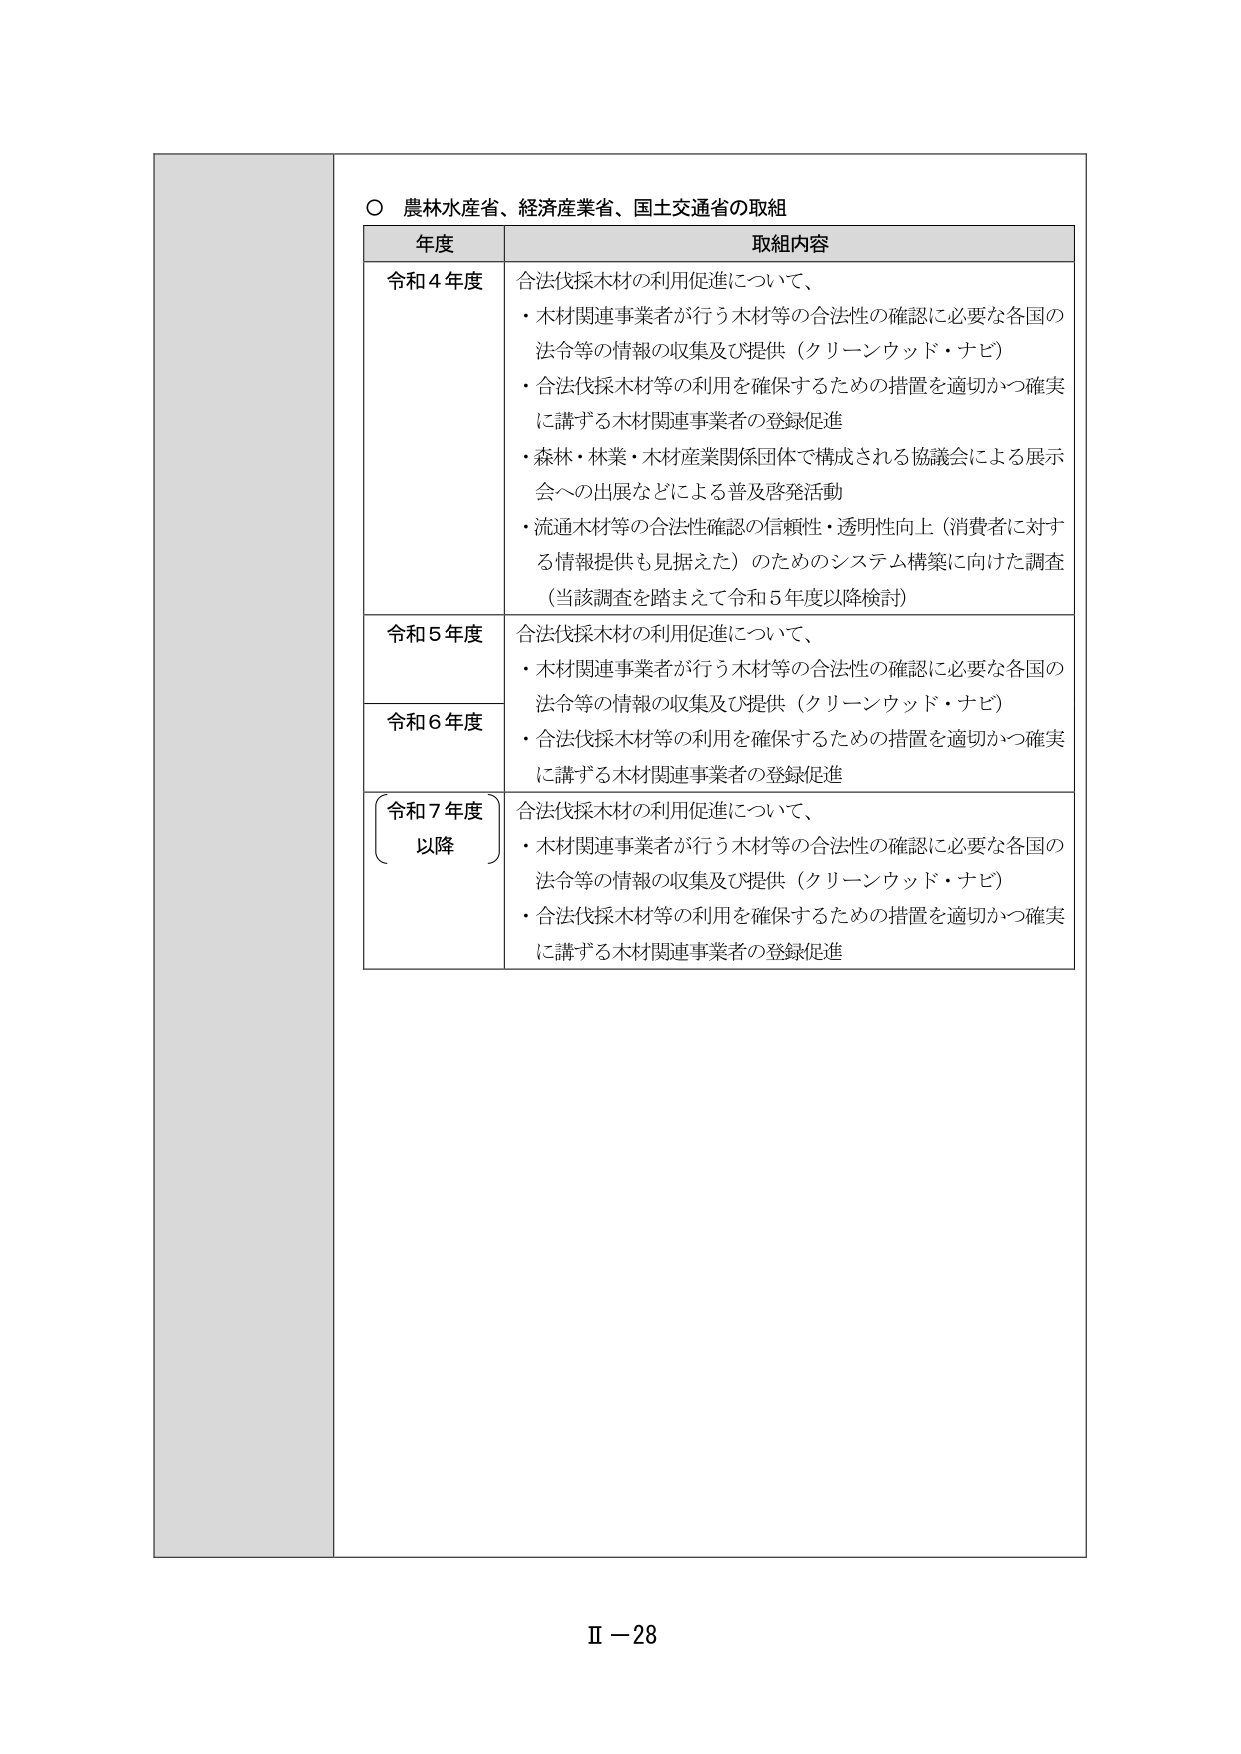
○ 農林水産省、経済産業省、国土交通省の取組

年度 取組内容

令和４年度 合法伐採木材の利用促進について、
・木材関連事業者が行う木材等の合法性の確認に必要な各国の
法令等の情報の収集及び提供（クリーンウッド・ナビ）
・合法伐採木材等の利用を確保するための措置を適切かつ確実
に講ずる木材関連事業者の登録促進
・森林・林業・木材産業関係団体で構成される協議会による展示
会への出展などによる普及啓発活動
・流通木材等の合法性確認の信頼性・透明性向上（消費者に対す
る情報提供も見据えた）のためのシステム構築に向けた調査
（当該調査を踏まえて令和５年度以降検討）

令和５年度 合法伐採木材の利用促進について、
・木材関連事業者が行う木材等の合法性の確認に必要な各国の
法令等の情報の収集及び提供（クリーンウッド・ナビ）
・合法伐採木材等の利用を確保するための措置を適切かつ確実
に講ずる木材関連事業者の登録促進

令和６年度 合法伐採木材の利用促進について、
・木材関連事業者が行う木材等の合法性の確認に必要な各国の
法令等の情報の収集及び提供（クリーンウッド・ナビ）
・合法伐採木材等の利用を確保するための措置を適切かつ確実
に講ずる木材関連事業者の登録促進

（令和７年度 以降） 合法伐採木材の利用促進について、
・木材関連事業者が行う木材等の合法性の確認に必要な各国の
法令等の情報の収集及び提供（クリーンウッド・ナビ）
・合法伐採木材等の利用を確保するための措置を適切かつ確実
に講ずる木材関連事業者の登録促進

Ⅱ－28